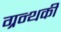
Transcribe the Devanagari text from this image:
ग्रन्थकी